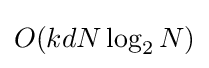
{\textstyle O(kdN\log _{2}N)}